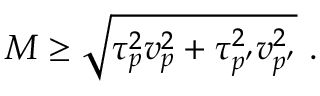
M \geq \sqrt { \tau _ { p } ^ { 2 } v _ { p } ^ { 2 } + \tau _ { p ^ { \prime } } ^ { 2 } v _ { p ^ { \prime } } ^ { 2 } } \ .